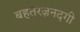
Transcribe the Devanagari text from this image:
बहतरज़नदगी